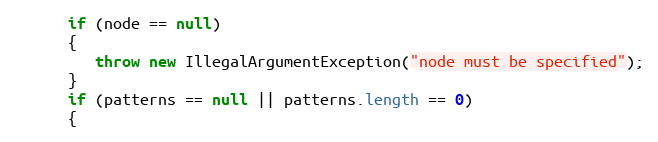
Language: Java
      if (node == null)
      {
         throw new IllegalArgumentException("node must be specified");
      }
      if (patterns == null || patterns.length == 0)
      {